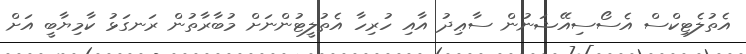
އެތުލެޓިކްސް އެސޯސިއޭޝަނުން ސާޢިދު އާއި ހުރިހާ އެތުލީޓުންނަށް މުބާރާތުން ރަނގަޅު ކާމިޔާބީ އަށް